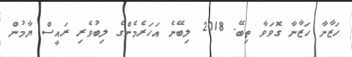
ހަޒާނާ ހަޒާނާ ގޮވަވާ ތިބޭ. 2018 ލިބޭނެ އަހަރެމެންގެ ލިބުވެރި ރައީސް ޔާމުން